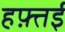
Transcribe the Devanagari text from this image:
हफ़्तई